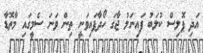
އަދި ޕޮލިސް ކުލަބު ފައިނަލު ޖާގަ ހޯދާފައިވަނީ ތިން ވަނަ ސެމީގައި މާތޮޑާ